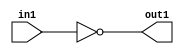
`timescale 1ps / 1ps
/*****************************************************************************
    Verilog RTL Description
    
    
    Created by: Stratus DpOpt 2019.1.01 
*******************************************************************************/

module st_weight_addr_gen_Not_1U_1U_4_1 (
	in1,
	out1
	); /* architecture "behavioural" */ 
input  in1;
output  out1;
wire  asc001;

assign asc001 = 
	((~in1));

assign out1 = asc001;
endmodule

/* CADENCE  urbzTwo= : u9/ySgnWtBlWxVPRXgAZ4Og= ** DO NOT EDIT THIS LINE ******/